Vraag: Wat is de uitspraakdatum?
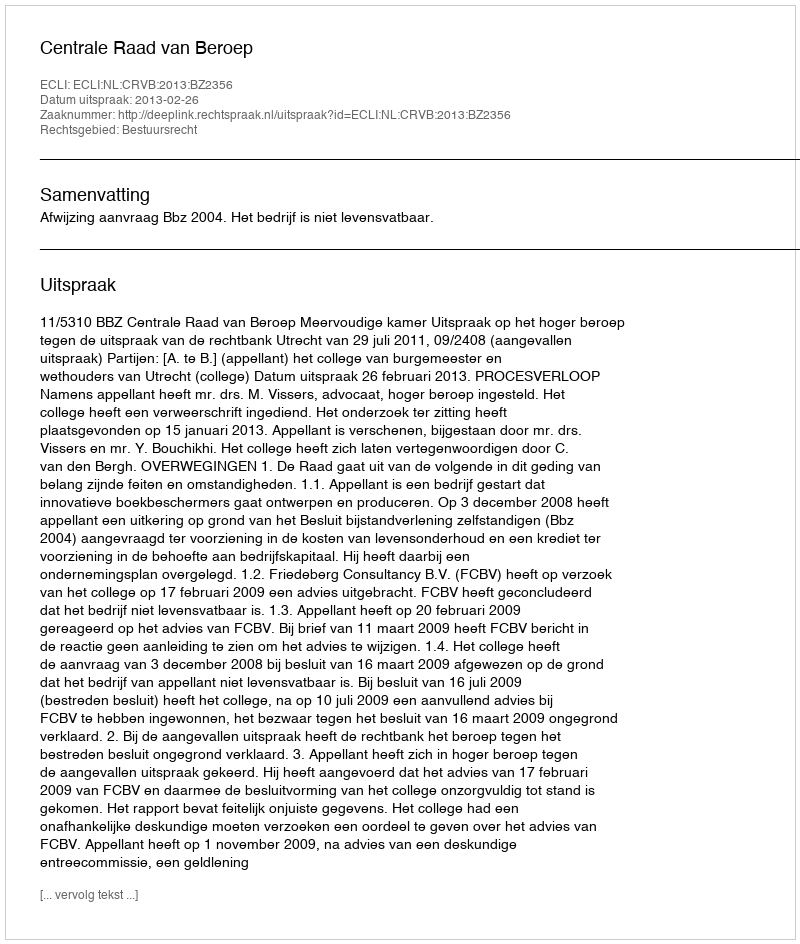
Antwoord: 2013-02-26